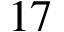
1 7